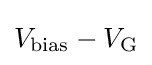
V_{\rm {bias}}-V_{\rm {G}}